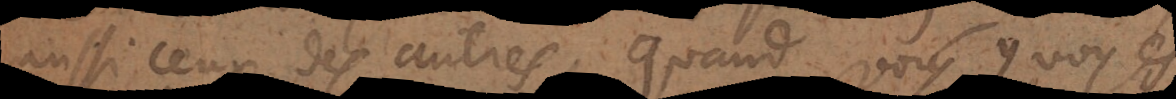
aussi ceux des autres, quand vous y voyés